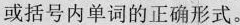
或括号内单词的正确形式。